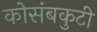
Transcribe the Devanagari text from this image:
कोसंबकुटी